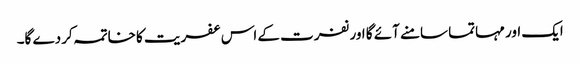
ایک اور مہاتما سامنے آئے گا اور نفرت کے اس عفریت کا خاتمہ کردے گا۔